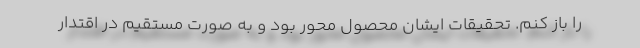
را باز کنم. تحقیقات ایشان محصول محور بود و به صورت مستقیم در اقتدار